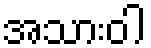
အသားဝါ